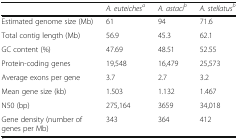
<table><thead><tr><td></td><td><b><i>A. euteiches</i><sup><i>a</i></sup></b></td><td><b><i>A. astaci</i><sup><i>b</i></sup></b></td><td><b><i>A. stellatus</i><sup><i>b</i></sup></b></td></tr></thead><tbody><tr><td>Estimated genome size (Mb)</td><td>61</td><td>94</td><td>71.6</td></tr><tr><td>Total contig length (Mb)</td><td>56.9</td><td>45.3</td><td>62.1</td></tr><tr><td>GC content (%)</td><td>47.69</td><td>48.51</td><td>52.55</td></tr><tr><td>Protein-coding genes</td><td>19,548</td><td>16,479</td><td>25,573</td></tr><tr><td>Average exons per gene</td><td>3.7</td><td>2.7</td><td>3.2</td></tr><tr><td>Mean gene size (kb)</td><td>1.503</td><td>1.132</td><td>1.467</td></tr><tr><td>N50 (bp)</td><td>275,164</td><td>3659</td><td>34,018</td></tr><tr><td>Gene density (number of genes per Mb)</td><td>343</td><td>364</td><td>412</td></tr></tbody></table>